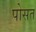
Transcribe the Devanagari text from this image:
पोसत